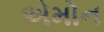
એમોન